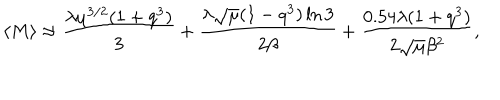
LaTeX: \langle M \rangle \approx \frac { \lambda \mu ^ { 3 / 2 } ( 1 + q ^ { 3 } ) } { 3 } + \frac { \lambda \sqrt { \mu } ( 1 - q ^ { 3 } ) \ln 3 } { 2 \beta } + \frac { 0 . 5 4 \lambda ( 1 + q ^ { 3 } ) } { 2 \sqrt { \mu } \beta ^ { 2 } } ,